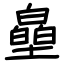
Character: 皨